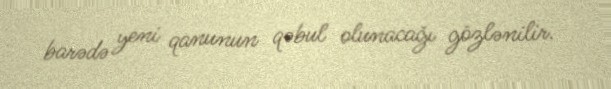
barədə yeni qanunun qəbul olunacağı gözlənilir.